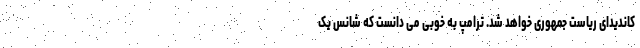
کاندیدای ریاست جمهوری خواهد شد. ترامپ به خوبی می دانست که شانس یک